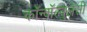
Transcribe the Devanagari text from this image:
कॉन्वॉल्वुलेसी